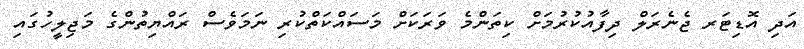
އަދި އޮޑިޓަރ ޖެނެރަލް ދިފާއުކުރުމަށް ކިތަންމެ ވަރަކަށް މަސައްކަތްކުރި ނަމަވެސް ރައްޔިތުންގެ މަޖިލީހުގައި